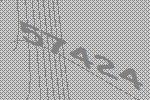
57424